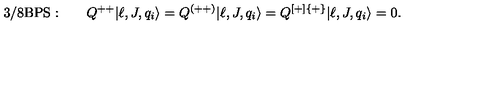
\mathrm { 3 / 8 B P S : } \qquad Q ^ { + + } | \ell , J , q _ { i } \rangle = Q ^ { ( + + ) } | \ell , J , q _ { i } \rangle = Q ^ { [ + ] \{ + \} } | \ell , J , q _ { i } \rangle = 0 .